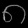
Digit: ၈